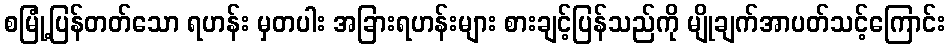
စမြုံ့ပြန်တတ်သော ရဟန်း မှတပါး အခြားရဟန်းများ စားချင့်ပြန်သည်ကို မျိုချက်အာပတ်သင့်ကြောင်း